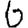
Digit: 6